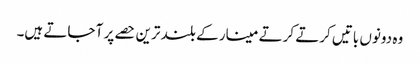
وہ دونوں باتیں کرتے کرتے مینار کے بلند ترین حصے پر آ جاتے ہیں۔